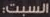
السبت: